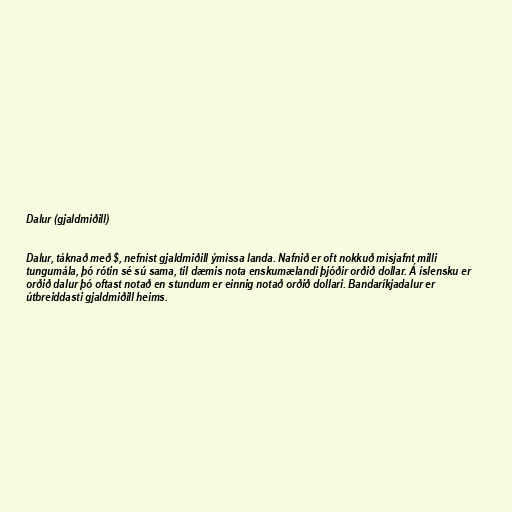
Dalur (gjaldmiðill)

Dalur, táknað með $, nefnist gjaldmiðill ýmissa landa. Nafnið er oft nokkuð misjafnt milli
tungumála, þó rótin sé sú sama, til dæmis nota enskumælandi þjóðir orðið dollar. Á íslensku er
orðið dalur þó oftast notað en stundum er einnig notað orðið dollari. Bandaríkjadalur er
útbreiddasti gjaldmiðill heims.